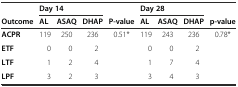
<table><thead><tr><td></td><td colspan="3"><b>Day 14</b></td><td></td><td colspan="3"><b>Day 28</b></td><td></td></tr><tr><td><b>Outcome</b></td><td><b>AL</b></td><td><b>ASAQ</b></td><td><b>DHAP</b></td><td><b>P-value</b></td><td><b>AL</b></td><td><b>ASAQ</b></td><td><b>DHAP</b></td><td><b>p-value</b></td></tr></thead><tbody><tr><td><b>ACPR</b></td><td>119</td><td>250</td><td>236</td><td rowspan="4">0.51*</td><td>119</td><td>243</td><td>236</td><td rowspan="4">0.78*</td></tr><tr><td><b>ETF</b></td><td>0</td><td>0</td><td>2</td><td>0</td><td>0</td><td>2</td></tr><tr><td><b>LTF</b></td><td>1</td><td>2</td><td>4</td><td>1</td><td>7</td><td>4</td></tr><tr><td><b>LPF</b></td><td>3</td><td>2</td><td>3</td><td>3</td><td>4</td><td>3</td></tr></tbody></table>